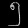
Digit: ၅